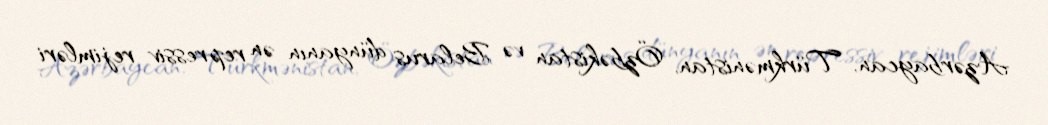
Azərbaycan, Türkmənistan, Özbəkistan və Belarus dünyanın ən repressiv rejimləri